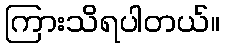
ကြားသိရပါတယ်။